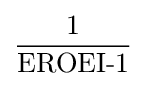
{\frac {\hbox{1}}{\hbox{EROEI-1}}}